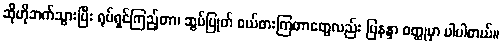
ဆိုဟိုဘက်သွားပြီး ရုပ်ရှင်ကြည့်တာ၊ ဆွပ်ပြုတ် ဝယ်စားကြတာတွေလည်း မြနန္ဒာ ဝတ္ထုမှာ ပါပါတယ်။